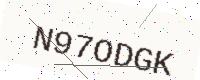
Text: N97ODGK